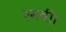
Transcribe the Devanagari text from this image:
एमबी।